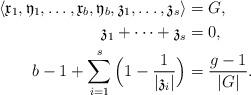
LaTeX: \begin{align*}\langle \mathfrak{x}_1,\mathfrak{y}_1,\ldots,\mathfrak{x}_b,\mathfrak{y}_b,\mathfrak{z}_1,\ldots,\mathfrak{z}_{s}\rangle&=G, \\\mathfrak{z}_1+\cdots+\mathfrak{z}_{s}&=0, \\b-1+\sum\limits_{i=1}^{s}\Big(1-\frac{1}{|\mathfrak{z}_{i}|}\Big)&=\frac{g-1}{|G|}. \end{align*}